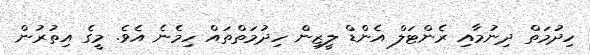
ހިދުމަތް ދިނުމާއި ރެންޓަލް އެންޑް ލީޒިން ހިދުމަތްތައް ހިމެނެ އެވެ. މީގެ އިތުރުން